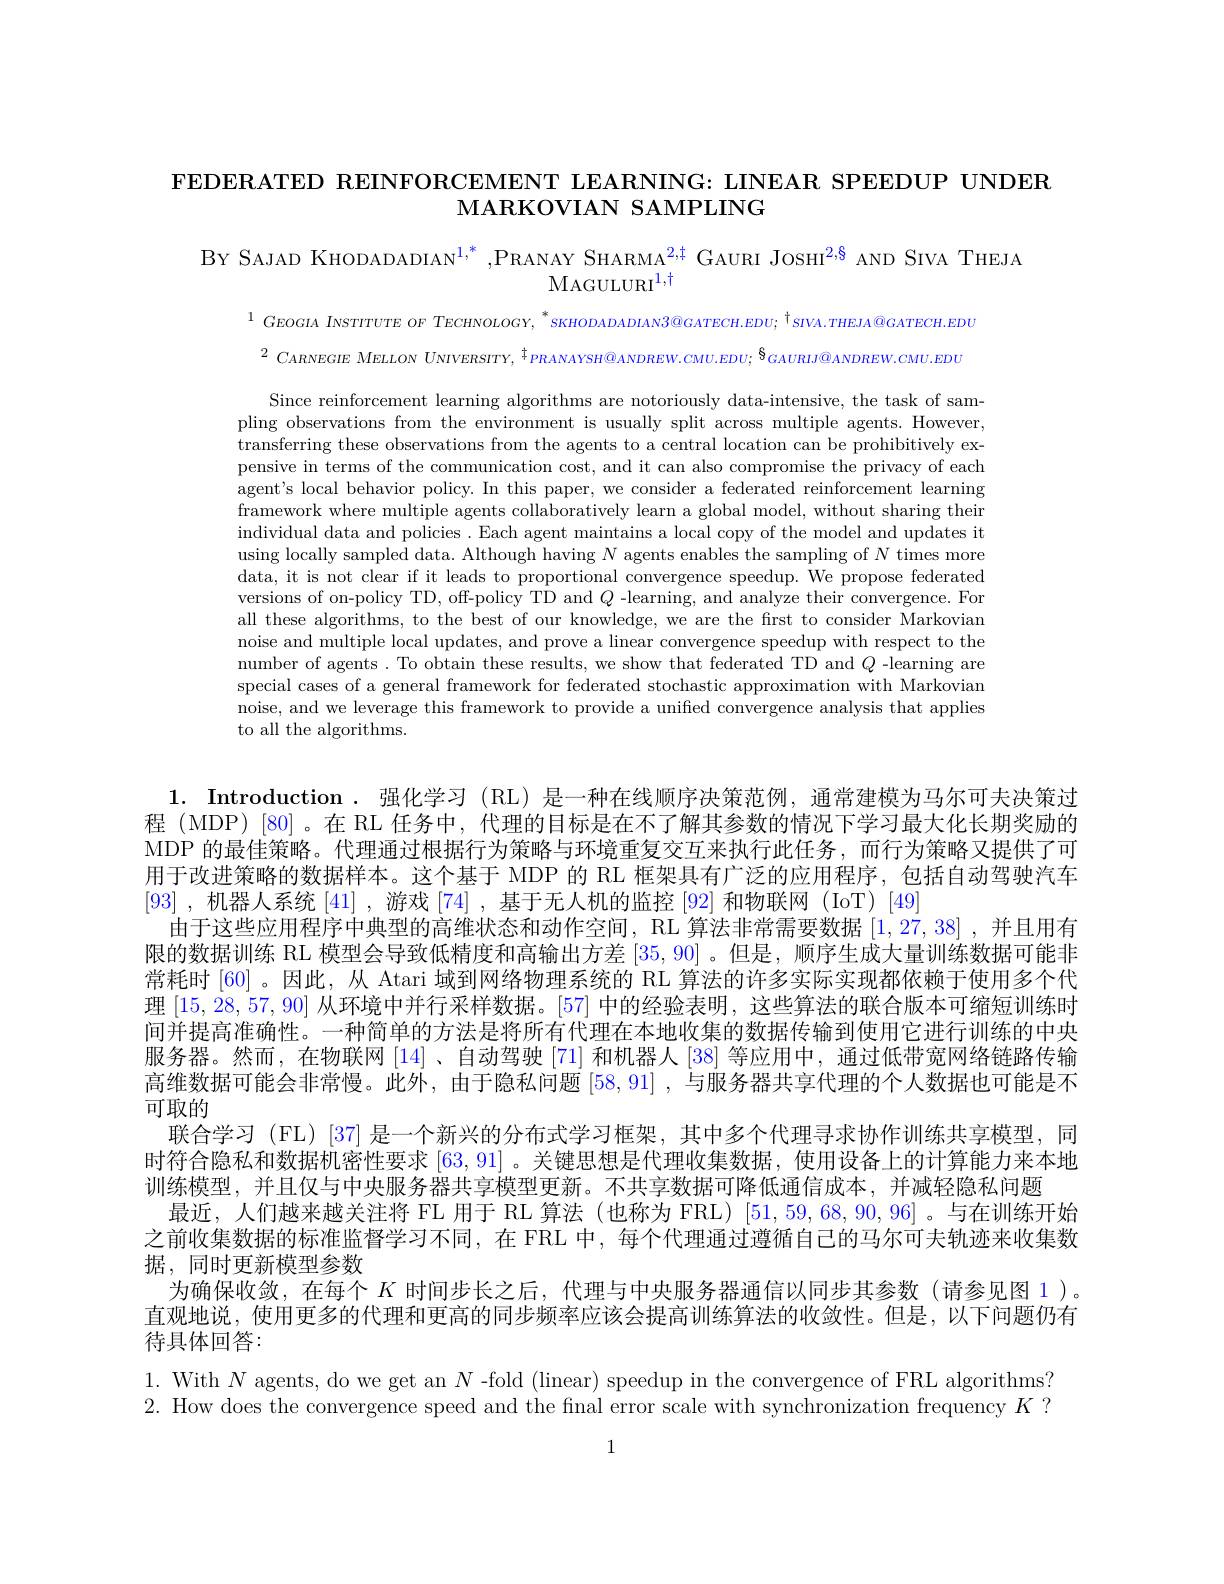
FEDERATED REINFORCEMENT LEARNING: LINEAR SPEEDUP UNDER
MARKOVIAN SAMPLING

BY SAJAD KHODADADIAN$^1,*$,PRANAY SHARMA$^{2,\dagger}$ GAURI JOSHI$^{2,8}$ AND SIVA THEJA
$\mathrm{MAGULURI}^{1,\dagger}$

$^{1}GEOGIA$ INSTITUTE OF TECHNOLOGY, $^*$SKHODADADADIAN3@GATECH.EDU; $^\dagger_{SIVA.THEJA@GATECH.EDU}$ $^{2}\text{ CARNEGIE MELLON UNIVERSITY, }^{\ddagger}PRANAYSH@ANDREW.CMU.EDU;{}^{\$}GAURIJ@ANDREW.CMU.EDU$

Since reinforcement learning algorithms are notoriously data-intensive, the task of sampling observations from the environment is usually split across multiple agents. However, transferring these observations from the agents to a central location can be prohibitively expensive in terms of the communication cost, and it can also compromise the privacy of each agent's local behavior policy. In this paper, we consider a federated reinforcement learning framework where multiple agents collaboratively learn a global model, without sharing their individual data and policies . Each agent maintains a local copy of the model and updates it using locally sampled data. Although having $N$ agents enables the sampling of $N$ times more data, it is not clear if it leads to proportional convergence speedup. We propose federated versions of on-policy TD, off-policy TD and $Q$ -learning, and analyze their convergence. For all these algorithms, to the best of our knowledge, we are the first to consider Markovian noise and multiple local updates, and prove a linear convergence speedup with respect to the number of agents. To obtain these results, we show that federated TD and $Q$ -learning are special cases of a general framework for federated stochastic approximation with Markovian noise, and we leverage this framework to provide a unified convergence analysis that applies to all the algorithms.

1. Introduction. 强化学习 (RL)是一种在线顺序决策范例，通常建模为马尔可夫决策过程 (MDP) [80]。在 RL 任务中，代理的目标是在不了解其参数的情况下学习最大化长期奖励的MDP 的最佳策略。代理通过根据行为策略与环境重复交互来执行此任务，而行为策略又提供了可用于改进策略的数据样本。这个基于 MDP 的 RL 框架具有广泛的应用程序，包括自动驾驶汽车[93] ,机器人系统[41] ,游戏[74] ,基于无人机的监控[92]和物联网 (IoT)[49]
由于这些应用程序中典型的高维状态和动作空间，RL 算法非常需要数据[1,27,38] ,并且用有限的数据训练 RL 模型会导致低精度和高输出方差[35,90]。但是，顺序生成大量训练数据可能非常耗时 [60] 。因此，从 Atari 域到网络物理系统的 RL 算法的许多实际实现都依赖于使用多个代理[15,28,57,90]从环境中并行采样数据。[57]中的经验表明，这些算法的联合版本可缩短训练时间并提高准确性。一种简单的方法是将所有代理在本地收集的数据传输到使用它进行训练的中央服务器。然而，在物联网[14]、自动驾驶[71]和机器人[38]等应用中，通过低带宽网络链路传输高维数据可能会非常慢。此外，由于隐私问题[58,91] ,与服务器共享代理的个人数据也可能是不可取的
联合学习 (FL) [37] 是一个新兴的分布式学习框架，其中多个代理寻求协作训练共享模型，同时符合隐私和数据机密性要求[63,91] 。关键思想是代理收集数据，使用设备上的计算能力来本地训练模型，并且仅与中央服务器共享模型更新。不共享数据可降低通信成本，并减轻隐私问题
最近，人们越来越关注将 FL 用于 RL 算法 (也称为 FRL) [51,59,68,90,96] 。与在训练开始之前收集数据的标准监督学习不同，在 FRL 中，每个代理通过遵循自己的马尔可夫轨迹来收集数据，同时更新模型参数
为确保收敛，在每个$K$时间步长之后，代理与中央服务器通信以同步其参数(请参见图 1)。直观地说，使用更多的代理和更高的同步频率应该会提高训练算法的收敛性。但是，以下问题仍有待具体回答：
1. With $N$ agents, do we get an $N$ -fold (linear) speedup in the convergence of FRL algorithms? 2. How does the convergence speed and the final error scale with synchronization frequency $K?$

1